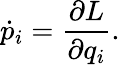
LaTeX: {\dot{p}}_{i}={\frac{\partial L}{\partial q_{i}}}.